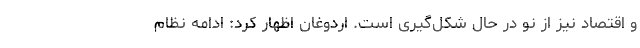
و اقتصاد نیز از نو در حال شکل‌گیری است. اردوغان اظهار کرد: ادامه نظام